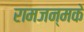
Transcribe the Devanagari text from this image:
रामजन्मके